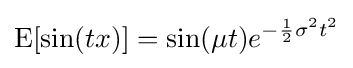
\operatorname {E} [\sin(tx)]=\sin(\mu t)e^{-{\frac {1}{2}}\sigma ^{2}t^{2}}